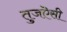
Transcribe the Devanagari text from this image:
तुजऎसी